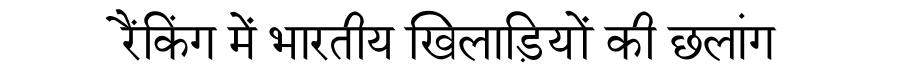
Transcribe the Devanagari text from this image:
रैंकिंग में भारतीय खिलाड़ियों की छलांग